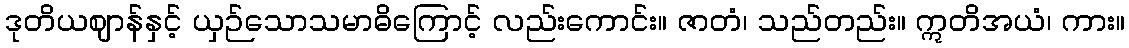
ဒုတိယဈာန်နှင့် ယှဉ်သောသမာဓိကြောင့် လည်းကောင်း။ ဇာတံ၊ သည်တည်း။ ဣတိအယံ၊ ကား။